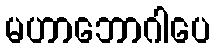
မဟာဘောဂါပေ